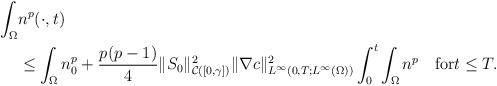
\begin{align*}\begin{aligned}\int_{\Omega}&n^{p}(\cdot,t)\\&\le \int_{\Omega}n_{0}^{p}+\frac{p(p-1)}{4} \|S_{0}\|_{\mathcal{C}([0,\gamma])}^{2}\|\nabla c\|_{L^{\infty}(0,T;L^{\infty}(\Omega))}^{2}\int_{0}^{t}\int_{\Omega}n^{p} \quad\mbox{for}t\le T.\end{aligned}\end{align*}